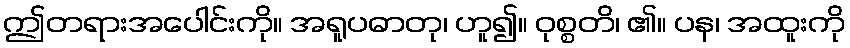
ဤတရားအပေါင်းကို။ အရူပဓာတု၊ ဟူ၍။ ဝုစ္စတိ၊ ၏။ ပန၊ အထူးကို